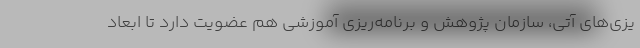
یزی‌های آتی، سازمان پژوهش و برنامه‌ریزی آموزشی هم عضویت دارد تا ابعاد